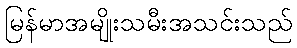
မြန်မာအမျိုးသမီးအသင်းသည်